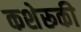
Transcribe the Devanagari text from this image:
कशेरूकी